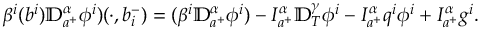
\beta ^ { i } ( b ^ { i } ) { \mathbb D } _ { a ^ { + } } ^ { \alpha } \phi ^ { i } ) ( \cdot , b _ { i } ^ { - } ) = ( \beta ^ { i } { \mathbb D } _ { a ^ { + } } ^ { \alpha } \phi ^ { i } ) - I _ { a ^ { + } } ^ { \alpha } { \mathbb D } _ { T } ^ { \gamma } \phi ^ { i } - I _ { a ^ { + } } ^ { \alpha } q ^ { i } \phi ^ { i } + I _ { a ^ { + } } ^ { \alpha } g ^ { i } .